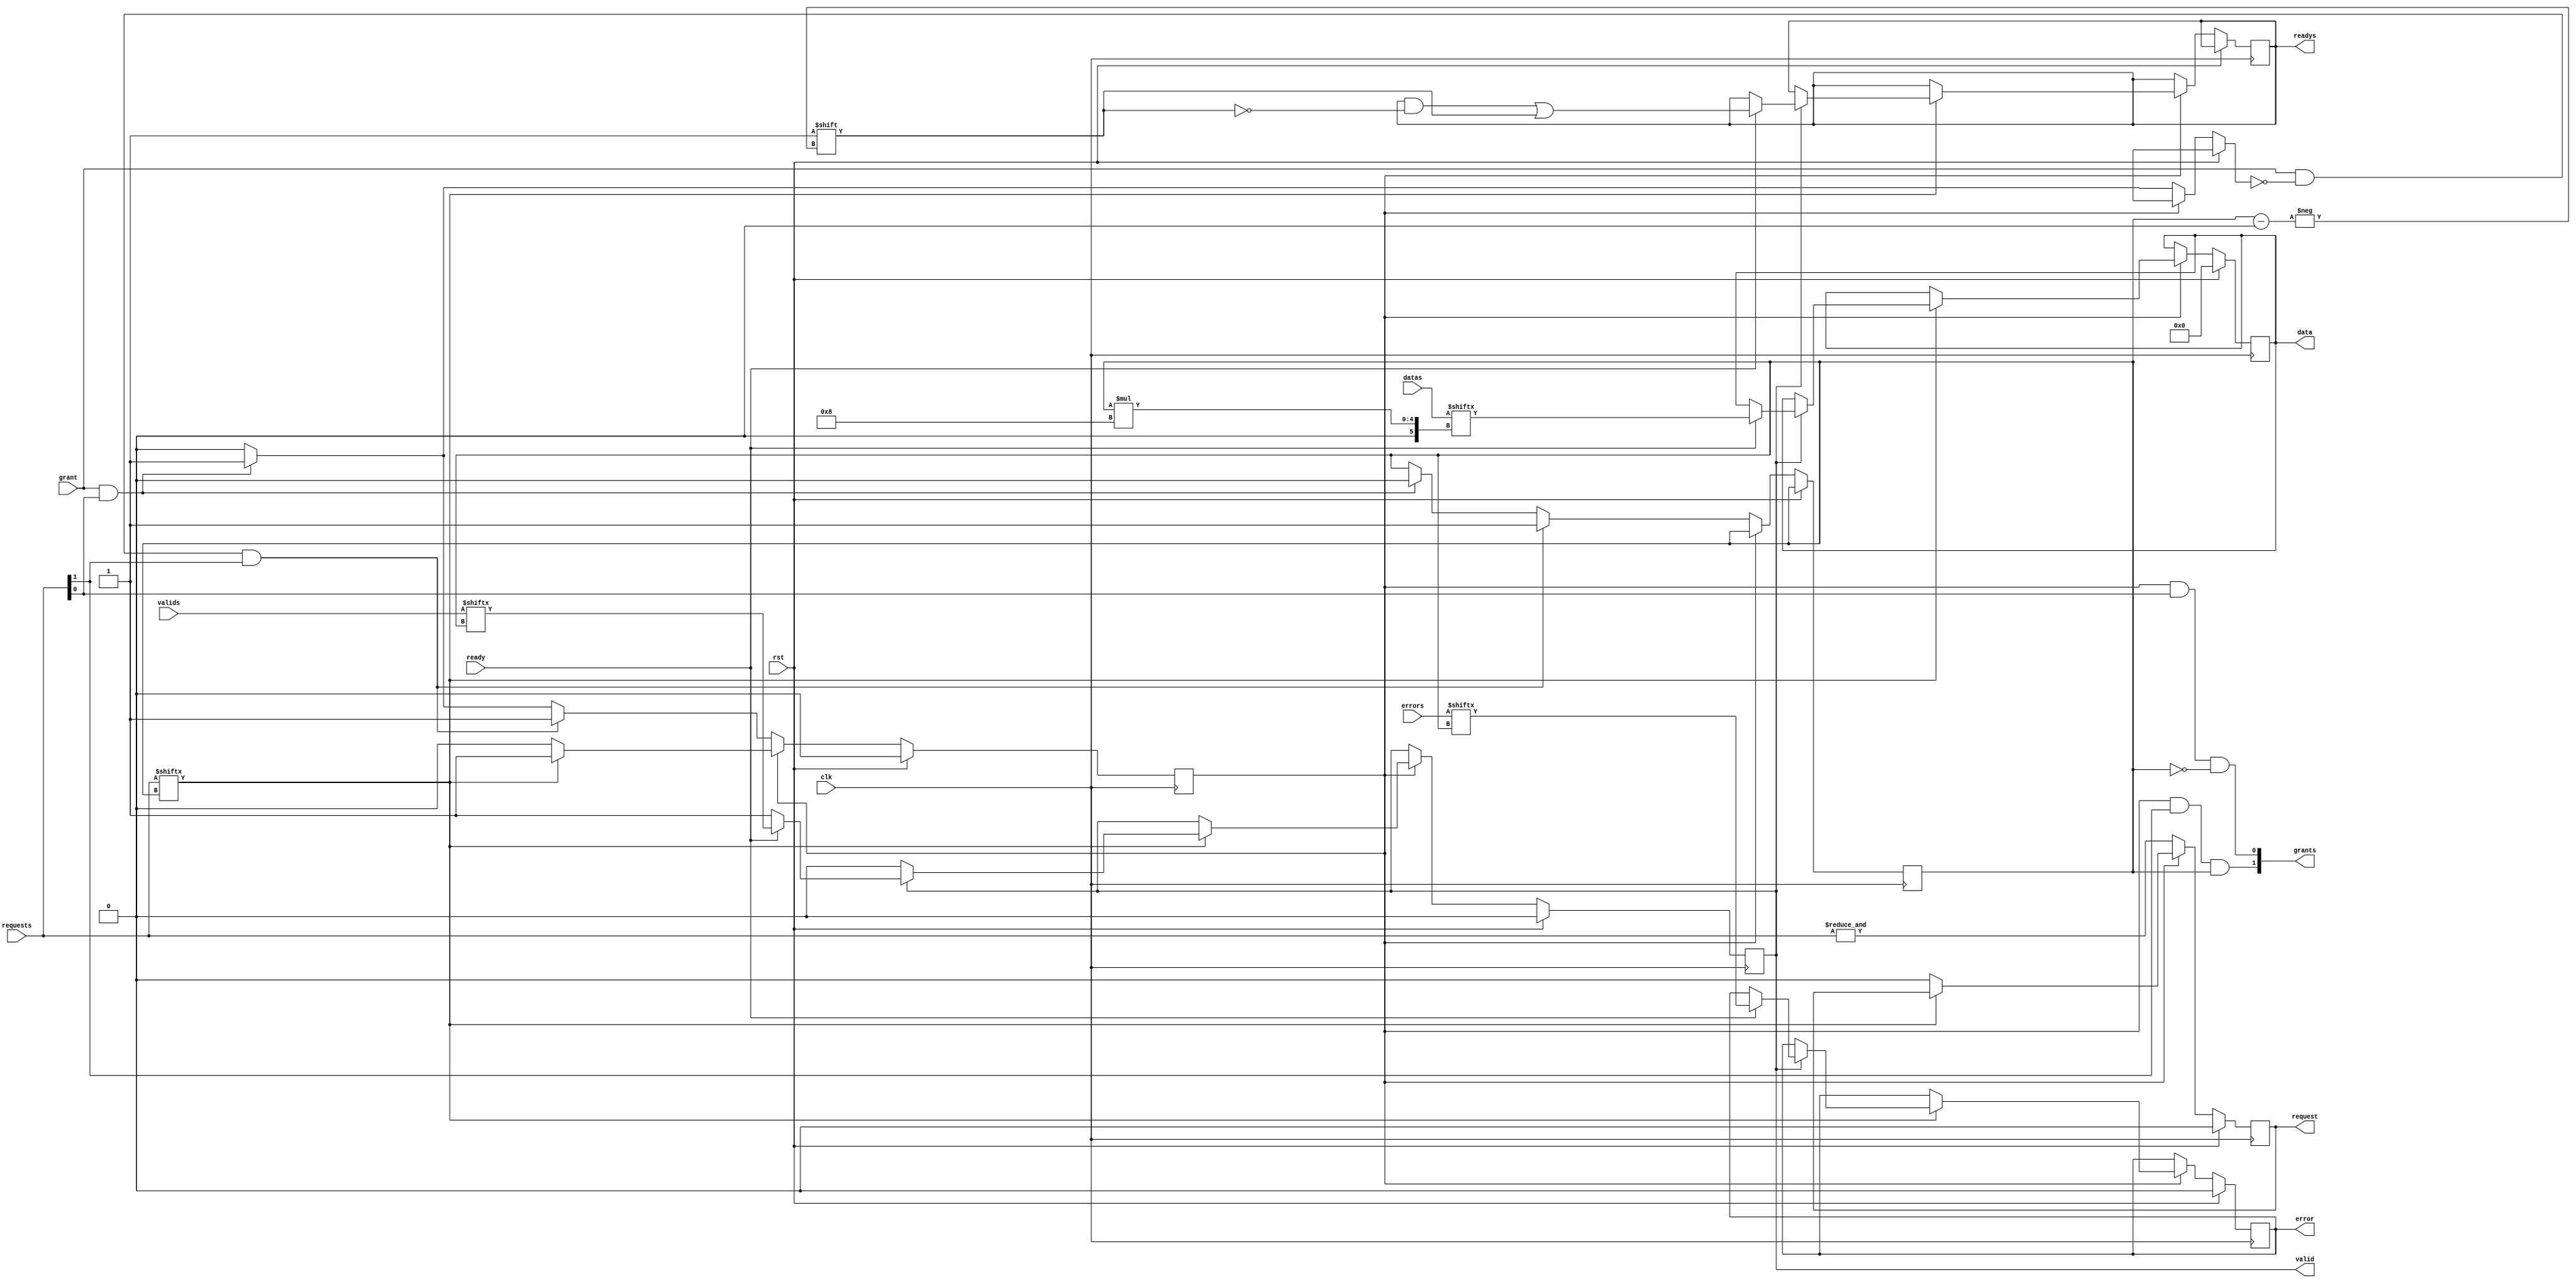
module multiplexer (
    clk, rst,
    request, grant, valid, ready, error, data,
    requests, grants, valids, readys, errors, datas,
);
    parameter PORTS = 2;
    input clk; input rst;
    output reg request; input grant;
    output reg valid; input ready; output reg error; output reg [7:0] data;
    input [PORTS-1:0] requests; output reg [PORTS-1:0] grants;
    input [PORTS-1:0] valids; output reg [PORTS-1:0] readys; input [PORTS-1:0] errors; input [8*PORTS-1:0] datas;

    reg busy;

    reg [$clog2(PORTS)-1:0] ch;

    integer i, j;
    reg granted;

    always @ (*) for(i = 0; i < PORTS; i = i + 1) begin
        grants[i] <= busy && requests[i] && ch == i; 
    end

    always @ (posedge clk) if(rst) begin
        request <= 0;
        valid <= 0;
        error <= 0;
        data <= 0;
        busy <= 0;
    end else if(!busy) begin
        request <= &requests;
        granted = 0;
        for(i = 0; i < PORTS; i = i +1) begin
            if(grant && !granted && requests[i]) begin
                ch <= i;
                granted = 1;
                busy <= 1;
            end
        end
    end else if(requests[ch]) begin
        if(valid) begin
            if(ready) begin
                valid <= valids[ch];
                error <= errors[ch];
                data <= datas[(ch+1)*8-1:ch*8];
                readys[ch] <= 1;
            end
        end
    end else begin
        request <= 0;
        busy <= 0;
    end
endmodule